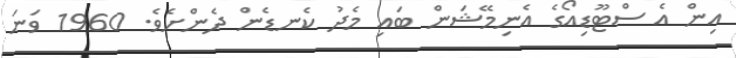
އިން އެ ސްޓޫޑިއޯގެ އެނިމޭޝަން ބައި މެދު ކެނޑެން ދެންށެވެ. 1960 ވަނަ